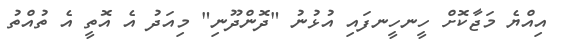
އިއްޔެ މަޖާކޮށް ހީނހީނފައި އުޅުނު "ދޮންދޫނި" މިއަދު އެ އޮތީ އެ ތުއްތު